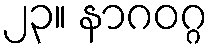
၂၃။ နာဂဝဂ္ဂ